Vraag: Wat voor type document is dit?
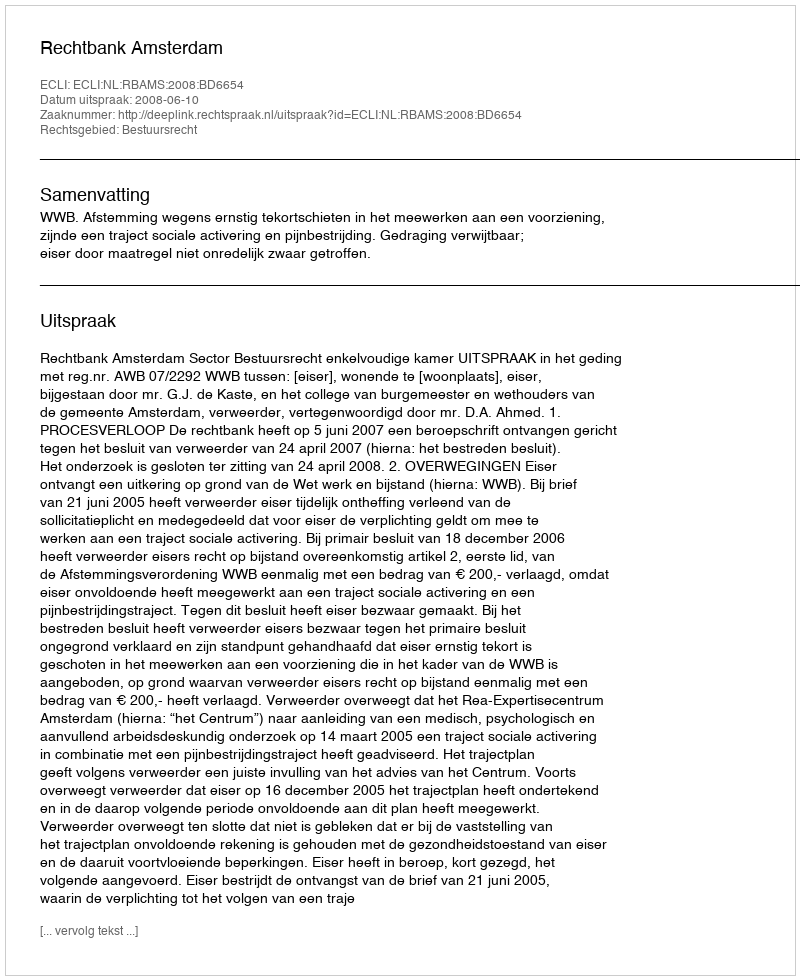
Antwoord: Uitspraak